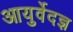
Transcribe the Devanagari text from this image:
आयुर्वेदज्ञ